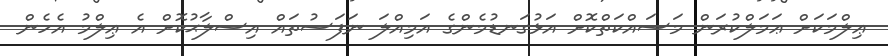
ޢިލްމަކަށް ޢަމަލްކުރަން މަސައްކަތްކޮށް އަޅުގަނޑުމެންގެ އަމިއްލަ ނަފަސުތައް އިސްލާޙުކޮށް އެ ޢިލްމު އެހެން